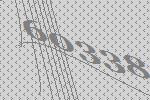
60338